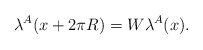
\begin{align*}\lambda^A (x + 2 \pi R) = W\lambda^A (x).\end{align*}